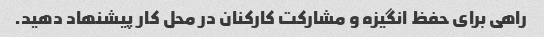
راهی برای حفظ انگیزه و مشارکت کارکنان در محل کار پیشنهاد دهید.